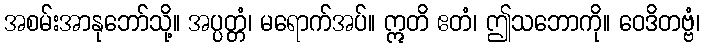
အစမ်းအာနုဘော်သို့။ အပ္ပတ္တံ၊ မရောက်အပ်။ ဣတိ ဧတံ၊ ဤသဘောကို။ ဝေဒိတဗ္ဗံ၊